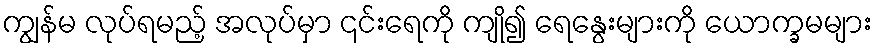
ကျွန်မ လုပ်ရမည့် အလုပ်မှာ ၎င်းရေကို ကျို၍ ရေနွေးများကို ယောက္ခမများ